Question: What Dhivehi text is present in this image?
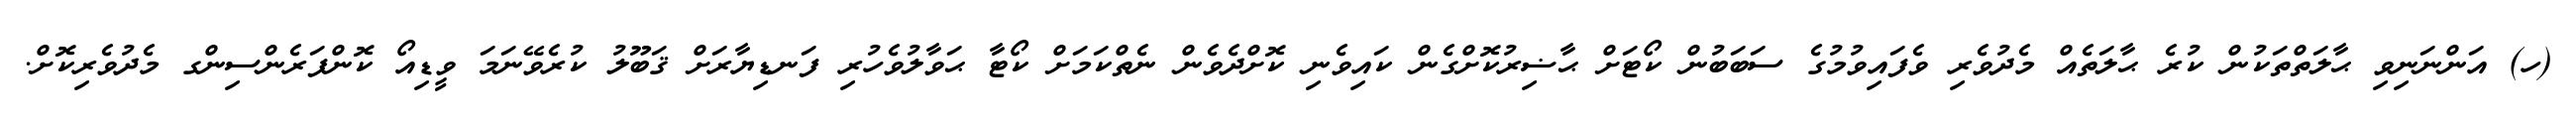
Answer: (ހ) އަންނަނިވި ޙާލަތްތަކުން ކުރެ ޙާލަތެއް މެދުވެރި ވެފައިވުމުގެ ސަބަބުން ކޯޓަށް ޙާޟިރުކޮށްގެން ކައިވެނި ކޮށްދެވެން ނެތްކަމަށް ކޯޓާ ޙަވާލުވެހުރި ފަނޑިޔާރަށް ޤަބޫލު ކުރެވޭނަމަ ވީޑިއޯ ކޮންފަރެންސިންގ މެދުވެރިކޮށް.